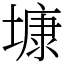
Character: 𡐓